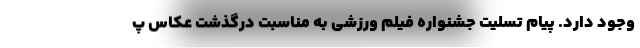
وجود دارد. پیام تسلیت جشنواره فیلم‌ ورزشی به مناسبت درگذشت عکاس پ